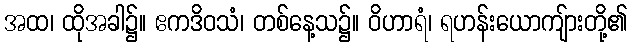
အထ၊ ထိုအခါ၌။ ဧကဒိဝသံ၊ တစ်နေ့သ၌။ ဝိဟာရံ၊ ရဟန်းယောကျ်ားတို့၏